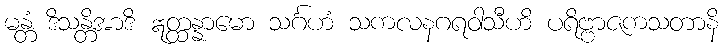
မန္တံ ဒိသန္တိအာဒိ ဣတ္ထန္နာမော သင်္ဂဟံ သကလနဂရဝါသီဟိ ပရိဗ္ဗာဇကသတာနိ